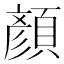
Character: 顏